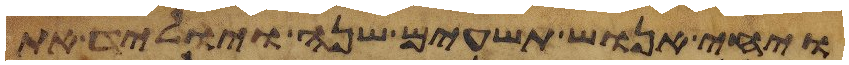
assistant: ויחי אנוש תשעים שנה ויוליד את